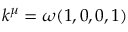
k ^ { \mu } = \omega ( 1 , 0 , 0 , 1 )